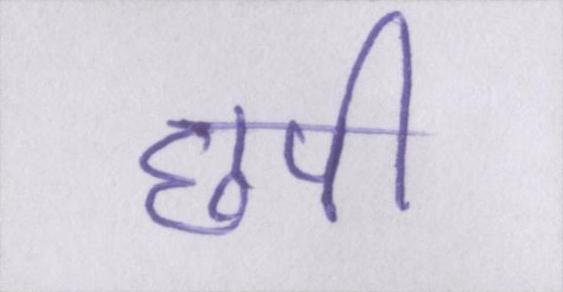
छपी